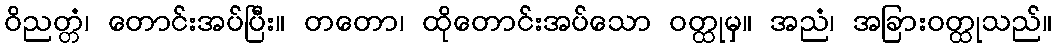
ဝိညတ္တံ၊ တောင်းအပ်ပြီး။ တတော၊ ထိုတောင်းအပ်သော ဝတ္ထုမှ။ အညံ၊ အခြားဝတ္ထုသည်။